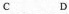
C D